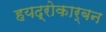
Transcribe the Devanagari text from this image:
हयद्रोकार्बन